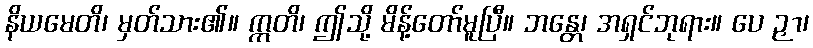
နိယမေတိ၊ မှတ်သား၏။ ဣတိ၊ ဤသို့ မိန့်တော်မူပြီ။ ဘန္တေ၊ အရှင်ဘုရား။ ပေ ဉှာ၊